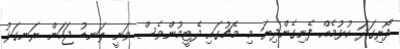
ފޯރިގަދަ ކުޅުމެއް ފެނިގެންދިޔަ މި މެޗުގައި ދެޓީމުންވެސް ވަނީ ލަނޑު ޖަހަން ރަނގަޅު